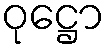
ဝုဋ္ဌော